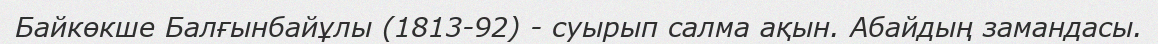
Байкөкше Балғынбайұлы (1813-92) - суырып салма ақын. Абайдың замандасы.